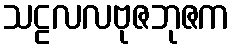
သဠလလဗုဇဘုဇက